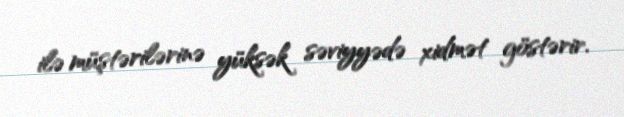
ilə müştərilərinə yüksək səviyyədə xidmət göstərir.